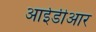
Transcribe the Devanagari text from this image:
आईडीआर